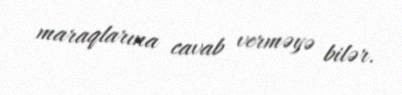
maraqlarına cavab verməyə bilər.